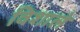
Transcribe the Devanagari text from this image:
विशाले